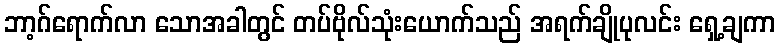
ဘာ့ဂ်ရောက်လာ သောအခါတွင် တပ်ဗိုလ်သုံးယောက်သည် အရက်ချိုပုလင်း ရှေ့ချကာ